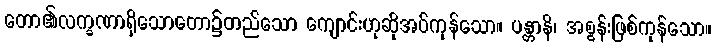
တော၏လက္ခဏာရှိသောတော၌တည်သော ကျောင်းဟုဆိုအပ်ကုန်သော။ ပန္တာနိ၊ အစွန်းဖြစ်ကုန်သော။